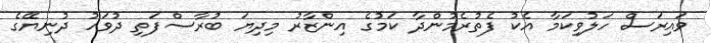
ވައިރަސް ހަލުވިކަމާ އެކު ފެތުރެމުންދާ ކަމުގެ އިންޒާރު މިދިޔަ ބުރާސްފަތި ދުވަހު ދުނިޔޭގެ